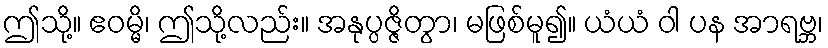
ဤသို့။ ဧဝမ္မိ၊ ဤသို့လည်း။ အနုပ္ပဇ္ဇိတွာ၊ မဖြစ်မူ၍။ ယံယံ ဝါ ပန အာရဗ္ဘ၊